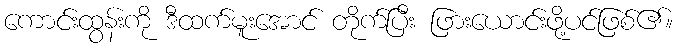
ကောင်းထွန်းကို ဒီထက်မူးအောင် တိုက်ပြီး ဖြားယောင်းဖို့ပင်ဖြစ်၏။